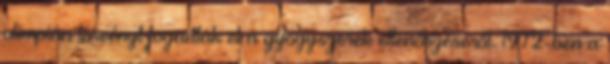
olimpián törvényt fogadtak el a gyógyszerek ellenőrzéséről. 1972-ben a